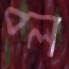
প্ল